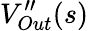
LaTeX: V_{Out}^{\prime\prime}(s)